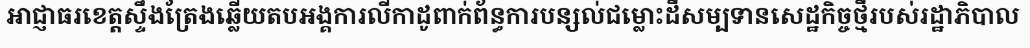
អាជ្ញាធរខេត្តស្ទឹងត្រែងឆ្លើយតបអង្គការលីកាដូពាក់ព័ន្ធការបន្សល់ជម្លោះដីសម្បទានសេដ្ឋកិច្ចថ្មីរបស់រដ្ឋាភិបាល